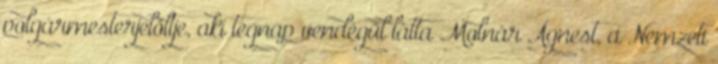
polgármesterjelöltje, aki tegnap vendégül látta Molnár Ágnest, a Nemzeti